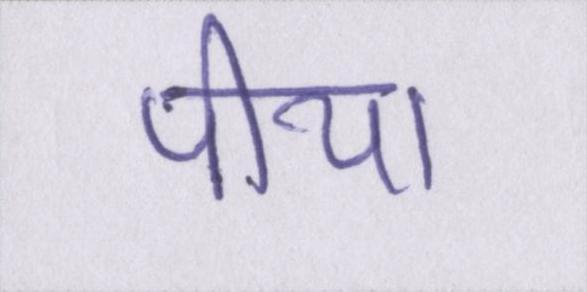
पीया